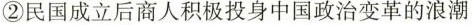
②民国成立后商人积极投身中国政治变革的浪潮